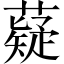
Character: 薿